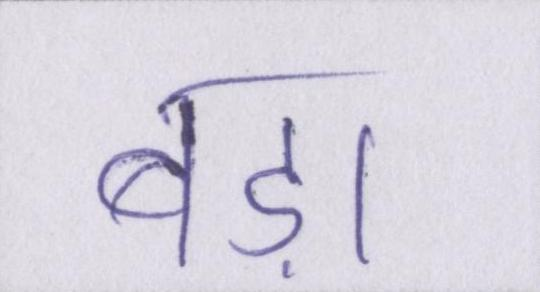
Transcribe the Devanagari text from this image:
बड़ा